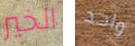
الخير واحد